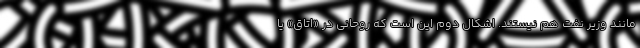
مانند وزیر نفت هم نیستند. اِشکال دوم این است که روحانی در «اتاق» یا